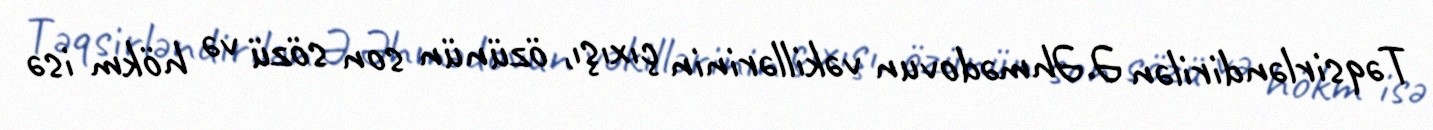
Təqsirləndirilən Ə.Əhmədovun vəkillərinin çıxışı, özünün son sözü və hökm isə